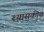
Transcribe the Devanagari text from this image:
श्यासकीय